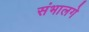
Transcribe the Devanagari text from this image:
संभालगे